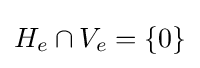
H_{e}\cap V_{e}=\{0\}